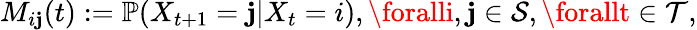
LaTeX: M_{i\mathbf{j}}(t):=\mathbb{{P}}(X_{t+1}=\mathbf{j}|X_{t}=i),\foralli,\mathbf{j}\in\mathcal{{S}},\forallt\in\mathcal{{T}},